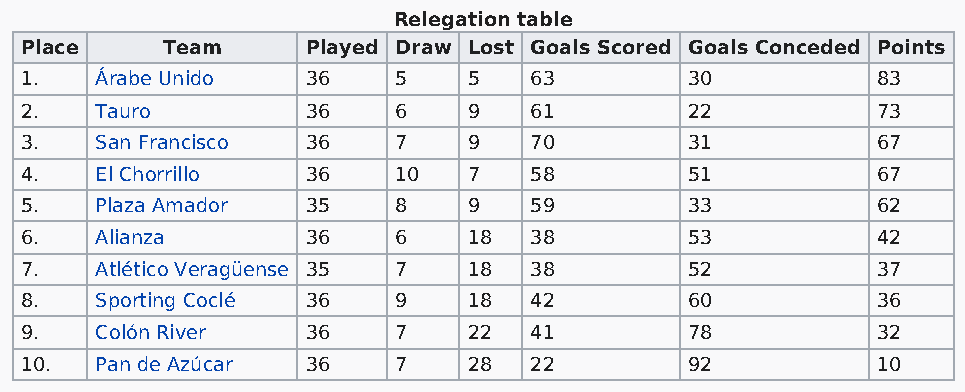
Relegation table
 Place     Team     Played Draw Lost Goals Scored Goals Conceded Points
 1.   Árabe Unido   36    5    5   63         30          83
 2.   Tauro         36    6    9   61         22          73
 3.   San Francisco 36    7    9   70         31          67
 4.   El Chorrillo  36    10   7   58         51          67
 5.   Plaza Amador  35    8    9   59         33          62
 6.   Alianza       36    6    18  38         53          42
 7.   Atlético Veragüense 35 7 18  38         52          37
 8.   Sporting Coclé 36   9    18  42         60          36
 9.   Colón River   36    7    22  41         78          32
 10.  Pan de Azúcar 36    7    28  22         92          10